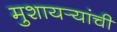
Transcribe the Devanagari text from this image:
मुशायर्‍यांची